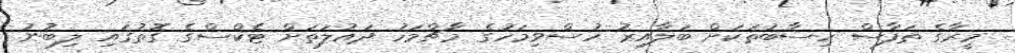
މީރާގެ ތަފާސް ހިސާބުތަކަށް ބަލާއިރު ހުސްވިމަހުގެ މާޗްމަހު ދައުލަތަށް ޓެކްސްގެ ގޮތުގައި ލިބުނު